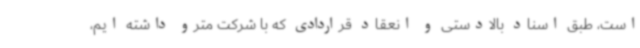
است، طبق اسناد بالادستی و انعقاد قراردادی که با شرکت مترو داشته ایم،